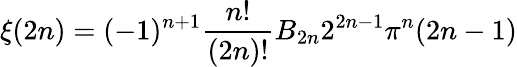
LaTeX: \xi(2n)=(-1)^{n+1}{\frac{n!}{(2n)!}}B_{2n}2^{2n-1}\pi^{n}(2n-1)